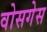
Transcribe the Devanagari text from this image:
वोसगेस